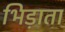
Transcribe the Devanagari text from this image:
भिड़ाता